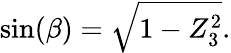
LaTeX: \sin(\beta)={\sqrt{1-Z_{3}^{2}}}.